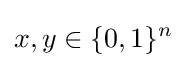
x,y\in \{0,1\}^{n}